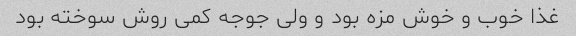
غذا خوب و خوش مزه بود و ولی جوجه کمی روش سوخته بود